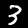
Label: 3